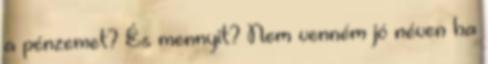
a pénzemet? És mennyit? Nem venném jó néven ha